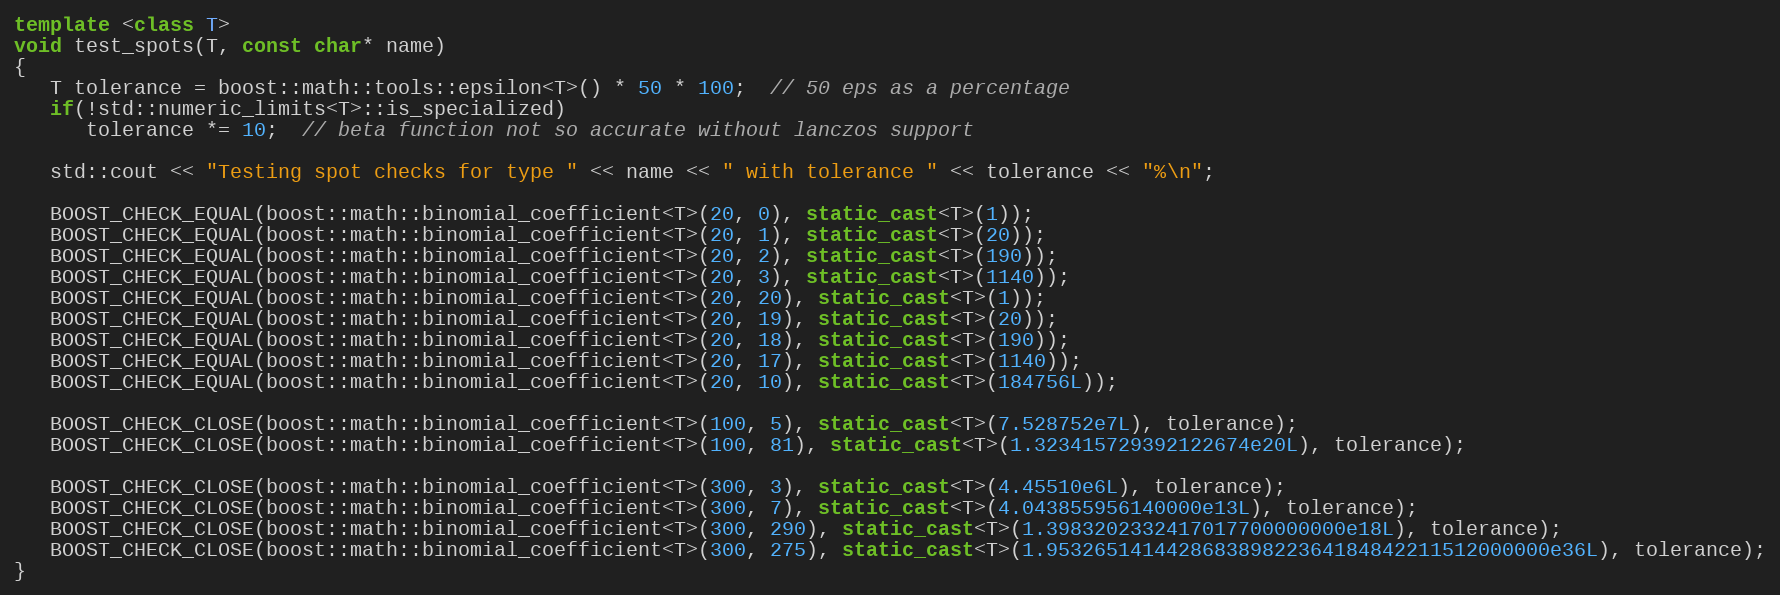
Language: C++
template <class T>
void test_spots(T, const char* name)
{
   T tolerance = boost::math::tools::epsilon<T>() * 50 * 100;  // 50 eps as a percentage
   if(!std::numeric_limits<T>::is_specialized)
      tolerance *= 10;  // beta function not so accurate without lanczos support

   std::cout << "Testing spot checks for type " << name << " with tolerance " << tolerance << "%\n";

   BOOST_CHECK_EQUAL(boost::math::binomial_coefficient<T>(20, 0), static_cast<T>(1));
   BOOST_CHECK_EQUAL(boost::math::binomial_coefficient<T>(20, 1), static_cast<T>(20));
   BOOST_CHECK_EQUAL(boost::math::binomial_coefficient<T>(20, 2), static_cast<T>(190));
   BOOST_CHECK_EQUAL(boost::math::binomial_coefficient<T>(20, 3), static_cast<T>(1140));
   BOOST_CHECK_EQUAL(boost::math::binomial_coefficient<T>(20, 20), static_cast<T>(1));
   BOOST_CHECK_EQUAL(boost::math::binomial_coefficient<T>(20, 19), static_cast<T>(20));
   BOOST_CHECK_EQUAL(boost::math::binomial_coefficient<T>(20, 18), static_cast<T>(190));
   BOOST_CHECK_EQUAL(boost::math::binomial_coefficient<T>(20, 17), static_cast<T>(1140));
   BOOST_CHECK_EQUAL(boost::math::binomial_coefficient<T>(20, 10), static_cast<T>(184756L));

   BOOST_CHECK_CLOSE(boost::math::binomial_coefficient<T>(100, 5), static_cast<T>(7.528752e7L), tolerance);
   BOOST_CHECK_CLOSE(boost::math::binomial_coefficient<T>(100, 81), static_cast<T>(1.323415729392122674e20L), tolerance);

   BOOST_CHECK_CLOSE(boost::math::binomial_coefficient<T>(300, 3), static_cast<T>(4.45510e6L), tolerance);
   BOOST_CHECK_CLOSE(boost::math::binomial_coefficient<T>(300, 7), static_cast<T>(4.043855956140000e13L), tolerance);
   BOOST_CHECK_CLOSE(boost::math::binomial_coefficient<T>(300, 290), static_cast<T>(1.3983202332417017700000000e18L), tolerance);
   BOOST_CHECK_CLOSE(boost::math::binomial_coefficient<T>(300, 275), static_cast<T>(1.953265141442868389822364184842211512000000e36L), tolerance);
}